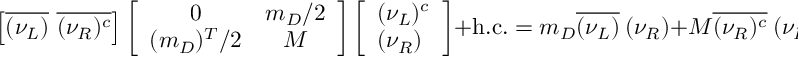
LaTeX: \left[ \overline { { { ( \nu _ { L } ) } } } \ \overline { { { ( \nu _ { R } ) ^ { c } } } } \right] \left[ \begin{array} { c c } { { 0 } } & { { m _ { D } / 2 } } \\ { { ( m _ { D } ) ^ { T } / 2 } } & { { M } } \end{array} \right] \left[ \begin{array} { c } { { ( \nu _ { L } ) ^ { c } } } \\ { { ( \nu _ { R } ) \ } } \end{array} \right] + \mathrm { h . c . } = m _ { D } \overline { { { ( \nu _ { L } ) } } } \ ( \nu _ { R } ) + M \overline { { { ( \nu _ { R } ) ^ { c } } } } \ ( \nu _ { R } ) + \mathrm { h . c . } ,